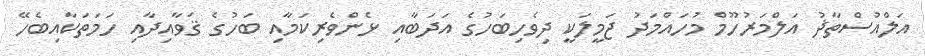
އަލްއުސްތާޛު އަލްމަރުހޫމް މުހައްމަދު ޖަމީލަކީ ދިވެހިބަހުގެ އަދަބާއި ޅެންވެރިކަމާއި ބަހުގެ ޤަވާއިދާއި ހަމަތަކާއިބެހޭ